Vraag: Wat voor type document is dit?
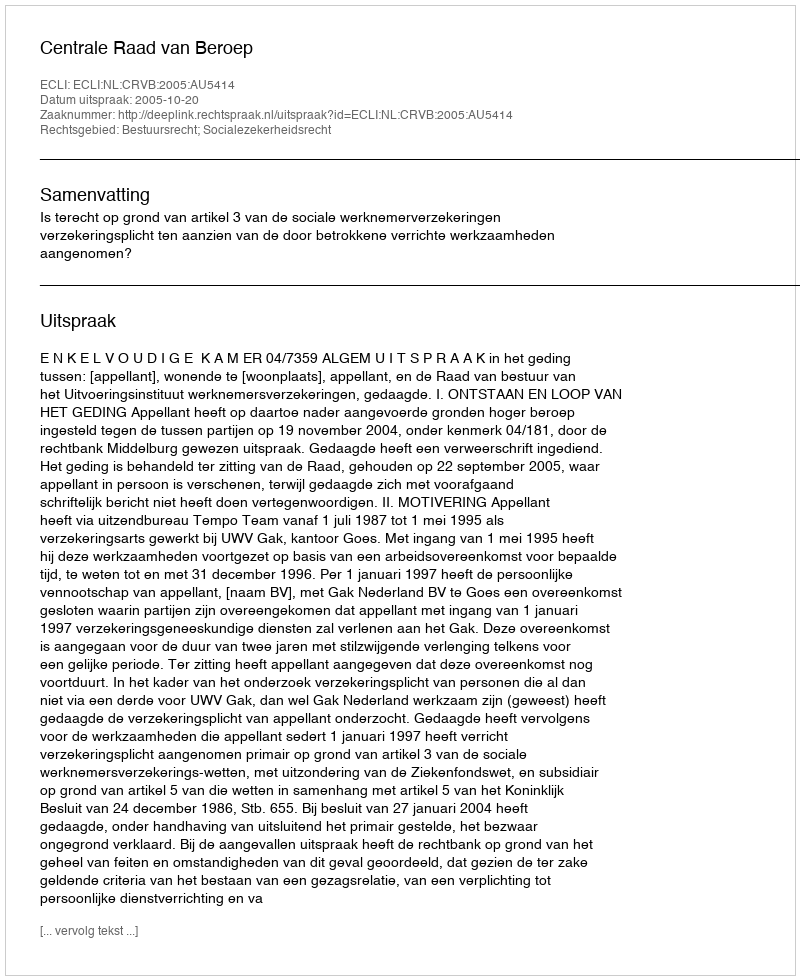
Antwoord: Uitspraak